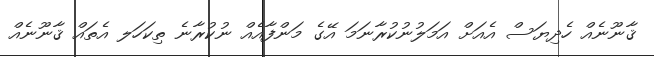
ޤާނޫނެއް ހެދިޔަސް އެއަށް އަމަލުނުކުރާނަމަ އޭގެ މަންފާއެއް ނުކުރާނެ ތިކަހަލ އެތައް ޤާނޫނެއް